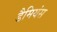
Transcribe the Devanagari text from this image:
डैमियंस